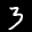
Label: 3